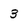
Character: 3